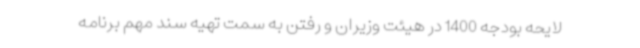
لایحه بودجه 1400 در هیئت وزیران و رفتن به سمت تهیه‌ سند مهم برنامه